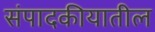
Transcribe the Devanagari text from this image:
संपादकीयातील